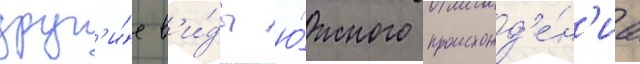
друг'и́е в'и́ды ю́жного происхожд'е́н'иа